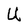
Character: U